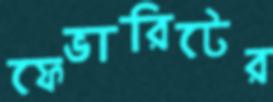
ফেভারিটের